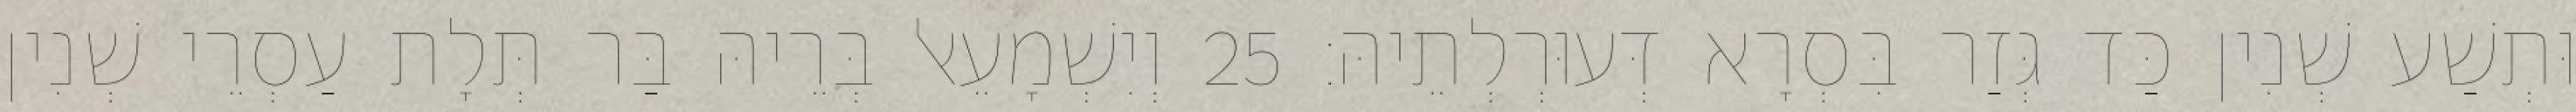
וּתְשַׁע שְׁנִין כַּד גְּזַר בִּסְרָא דְּעוּרְלְתֵיהּ׃ 25 וְיִשְׁמָעֵאל בְּרֵיהּ בַּר תְּלָת עַסְרֵי שְׁנִין